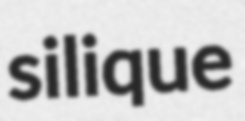
silique